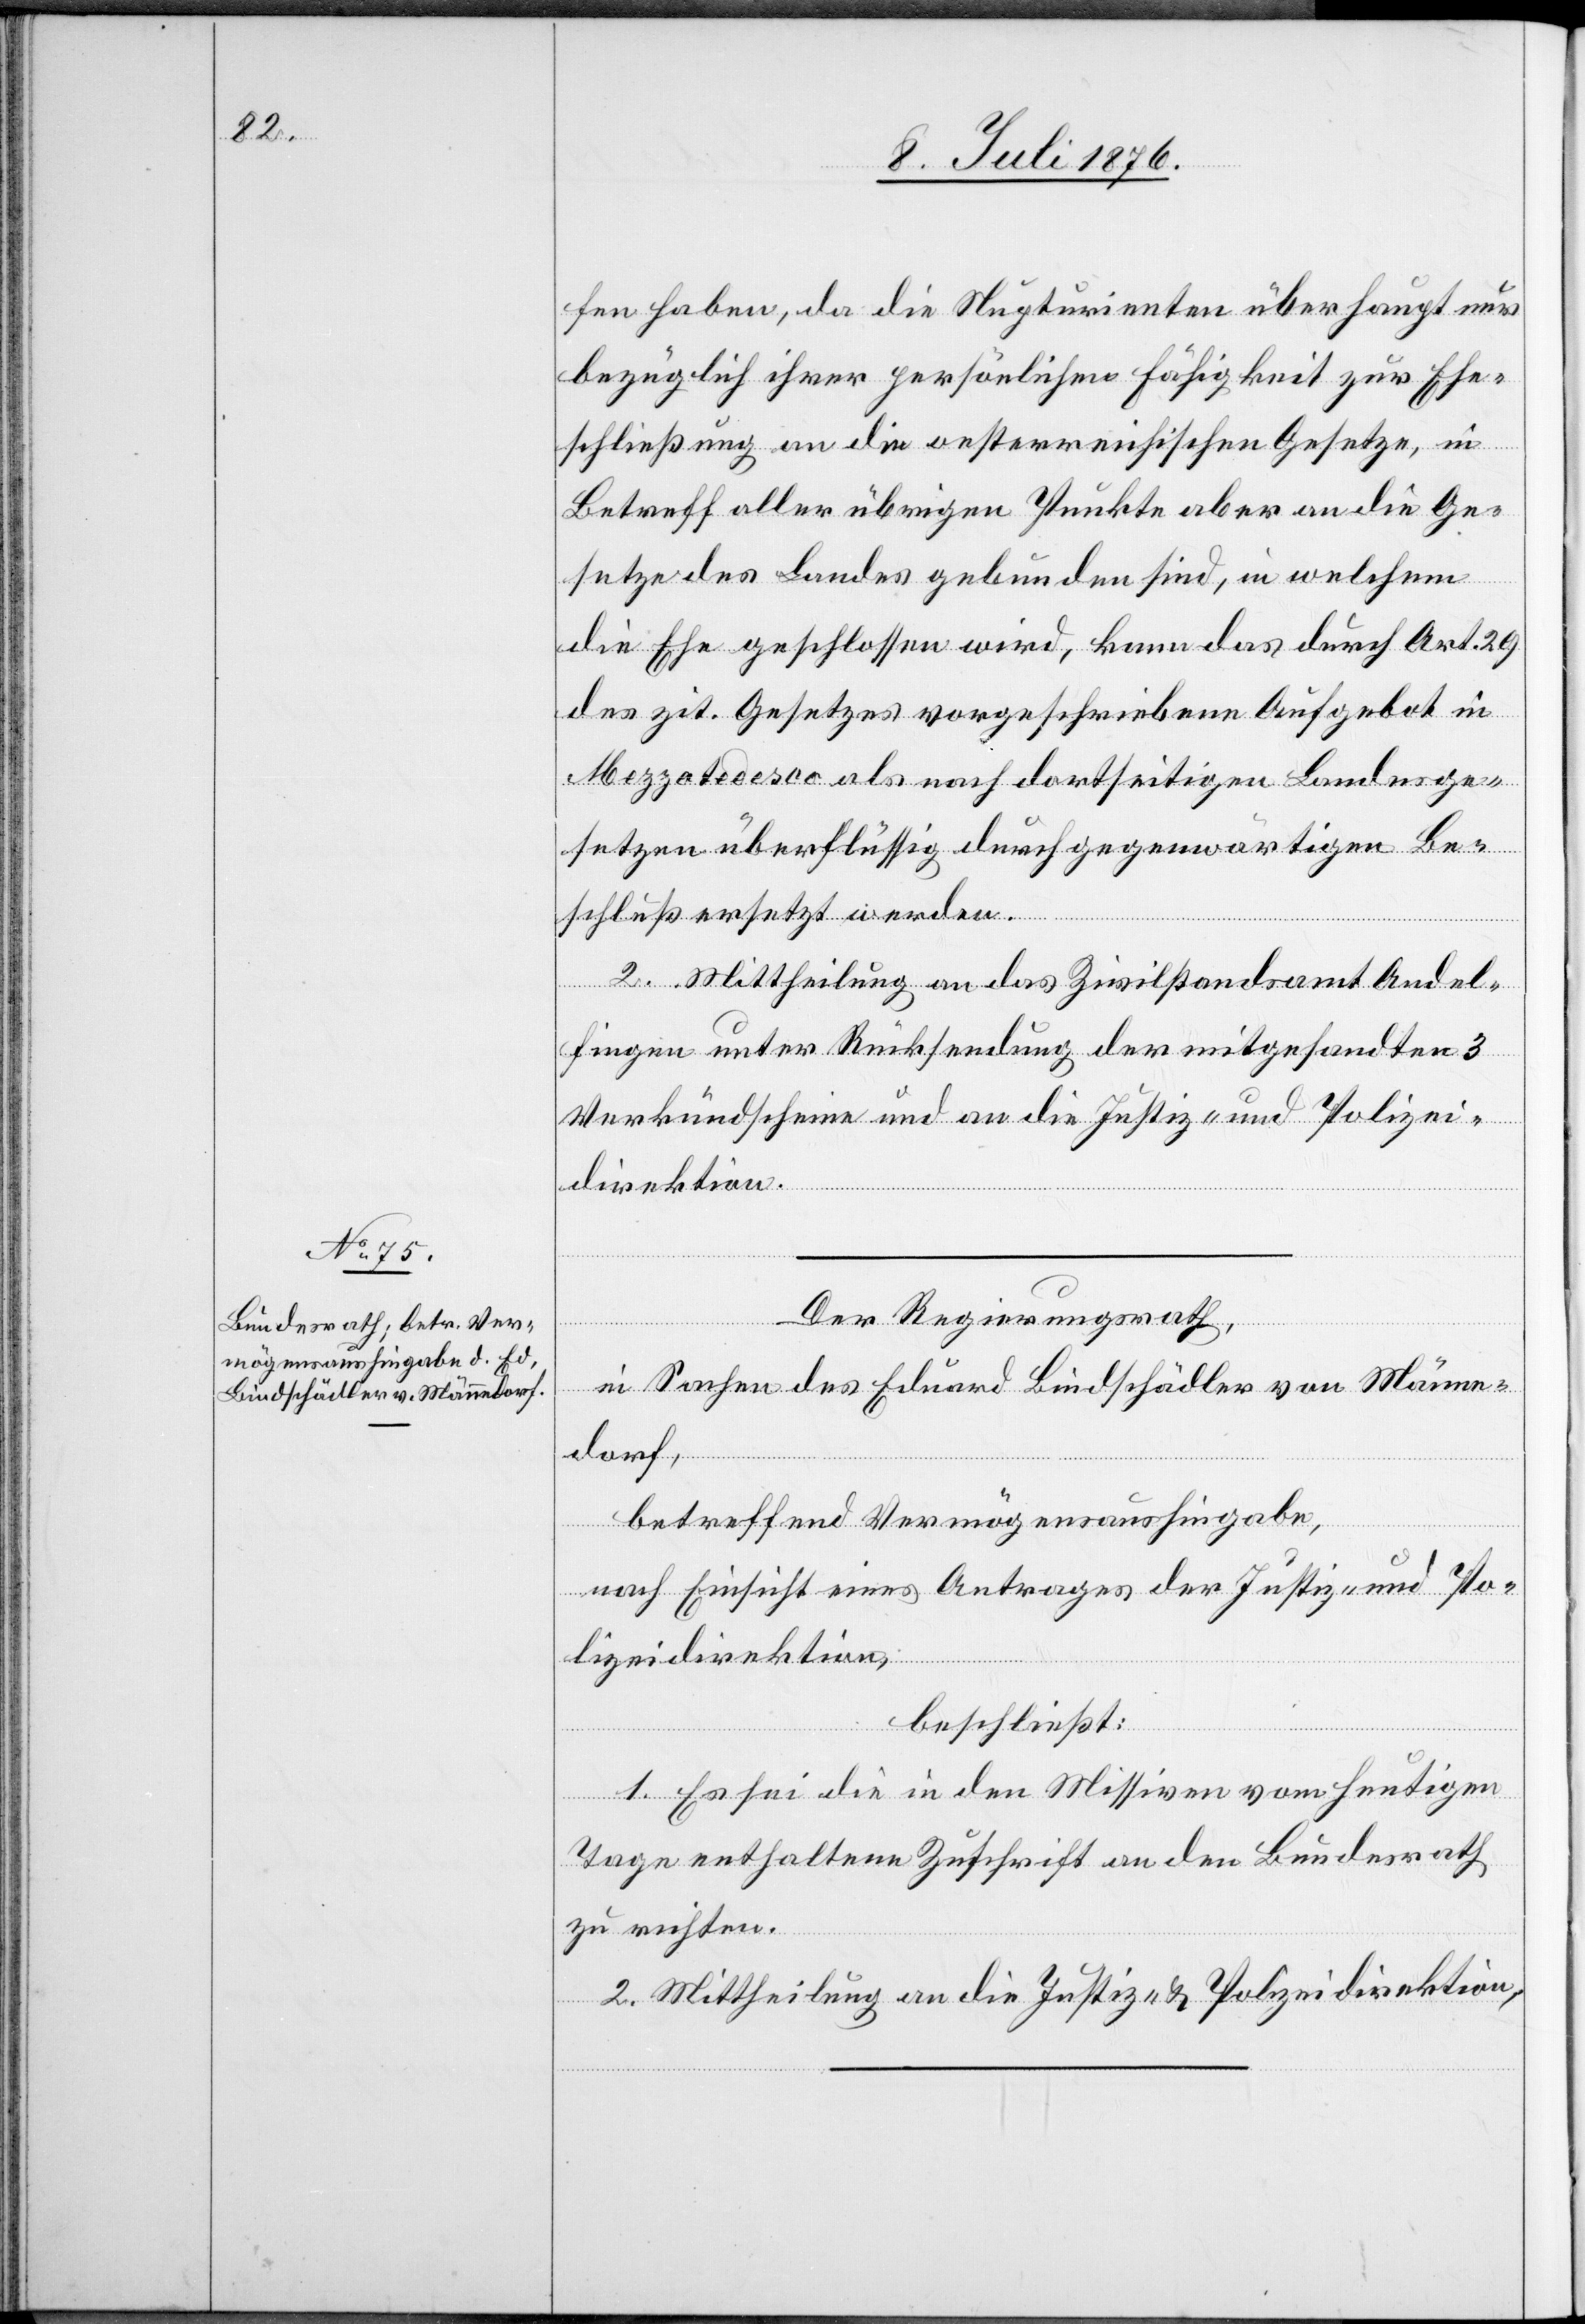
fen haben, da die Nupturienten überhaupt nur
bezüglich ihrer persönlichen Fähigkeit zur Ehe¬
schließung an die oesterreichischen Gesetze, in
Betreffe aller übrigen Punkte aber an die Ge¬
setze des Landes gebunden sind, in welchem
die Ehe geschlossen wird, kann das durch Art. 29
des zit. Gesetzes vorgeschriebene Aufgebot in
2. Mittheilung an das Zivilstandsamt Andel¬
fingen unter Rücksendung der mitgesandten 3
Verkündscheine und an die Justiz- und Polizei¬
direktion.
Der Regierungsrath,
in Sachen des Eduard Bindschädler von Männe¬
dorf,
betreffend Vermögensaushingabe,
nach Einsicht eines Antrages der Justiz- und Po¬
lizeidirektion,
beschließt:
1. Es sei die in den Missiven vom heutigen
Tage enthaltene Zuschrift an den Bundesrath
zu richten.
2. Mittheilung an die Justiz- & Polizeidirektion.